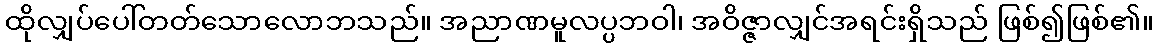
ထိုလျှပ်ပေါ်တတ်သောလောဘသည်။ အညာဏမူလပ္ပဘဝါ၊ အဝိဇ္ဇာလျှင်အရင်းရှိသည် ဖြစ်၍ဖြစ်၏။